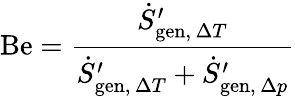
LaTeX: \mathrm{Be}={\frac{{\dot{S}}_{\mathrm{gen},\, \Delta T}^{\prime}}{{\dot{S}}_{\mathrm{gen},\, \Delta T}^{\prime}+{\dot{S}}_{\mathrm{gen},\, \Delta p}^{\prime}}}